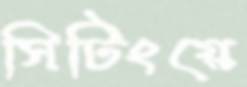
সিটিংয়ে